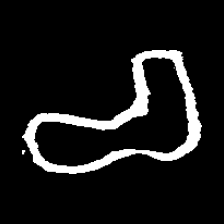
Pyu character \u2014 Myanmar letter: စ (romanized: ca)